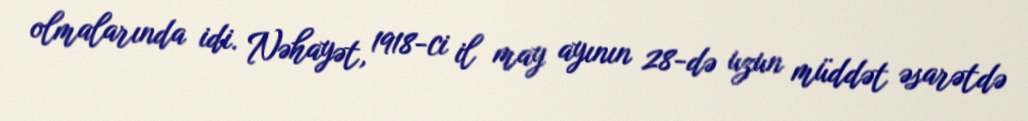
olmalarında idi. Nəhayət, 1918-ci il may ayının 28-də uzun müddət əsarətdə